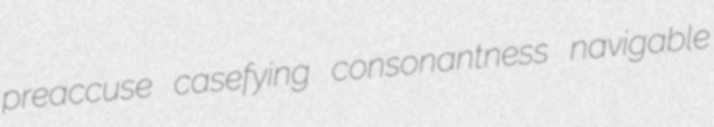
preaccuse casefying consonantness navigable